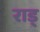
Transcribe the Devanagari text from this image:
राड्